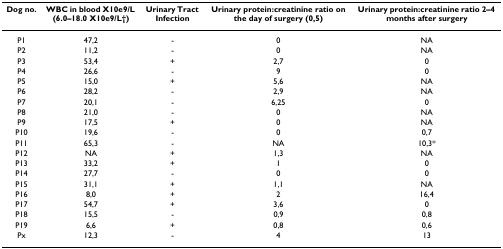
<table><thead><tr><td><b>Dog no.</b></td><td><b>WBC in blood X10e9/L (6.0–18.0 X10e9/L†)</b></td><td><b>Urinary Tract Infection</b></td><td><b>Urinary protein:creatinine ratio on the day of surgery (0,5)</b></td><td><b>Urinary protein:creatinine ratio 2–4 months after surgery</b></td></tr></thead><tbody><tr><td>P1</td><td>47,2</td><td>-</td><td>0</td><td>NA</td></tr><tr><td>P2</td><td>11,2</td><td>-</td><td>0</td><td>NA</td></tr><tr><td>P3</td><td>53,4</td><td>+</td><td>2,7</td><td>0</td></tr><tr><td>P4</td><td>26,6</td><td>-</td><td>9</td><td>0</td></tr><tr><td>P5</td><td>15,0</td><td>+</td><td>5,6</td><td>NA</td></tr><tr><td>P6</td><td>28,2</td><td>-</td><td>2,9</td><td>NA</td></tr><tr><td>P7</td><td>20,1</td><td>-</td><td>6,25</td><td>0</td></tr><tr><td>P8</td><td>21,0</td><td>-</td><td>0</td><td>NA</td></tr><tr><td>P9</td><td>17,5</td><td>+</td><td>0</td><td>NA</td></tr><tr><td>P10</td><td>19,6</td><td>-</td><td>0</td><td>0,7</td></tr><tr><td>P11</td><td>65,3</td><td>-</td><td>NA</td><td>10,3*</td></tr><tr><td>P12</td><td>NA</td><td>+</td><td>1,3</td><td>NA</td></tr><tr><td>P13</td><td>33,2</td><td>+</td><td>1</td><td>0</td></tr><tr><td>P14</td><td>27,7</td><td>-</td><td>0</td><td>0</td></tr><tr><td>P15</td><td>31,1</td><td>+</td><td>1,1</td><td>NA</td></tr><tr><td>P16</td><td>8,0</td><td>+</td><td>2</td><td>16,4</td></tr><tr><td>P17</td><td>54,7</td><td>+</td><td>3,6</td><td>0</td></tr><tr><td>P18</td><td>15,5</td><td>-</td><td>0,9</td><td>0,8</td></tr><tr><td>P19</td><td>6,6</td><td>+</td><td>0,8</td><td>0,6</td></tr><tr><td>Px</td><td>12,3</td><td>-</td><td>4</td><td>13</td></tr></tbody></table>